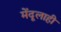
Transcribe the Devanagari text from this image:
मेंदूलाही